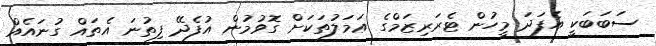
ސަބަބަކީ އެފަދަ މީހުން ޓެރަރިޒަމްގެ ޢަމަލުތަކަށް ގޮވުމުން އުފެދޭ ފިތުނަ އެތައް ގުނައެއް